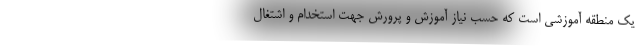
یک منطقه آموزشی است که حسب نیاز آموزش و پرورش جهت استخدام و اشتغال